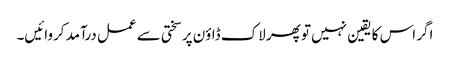
اگر اس کا یقین نہیں تو پھر لاک ڈاؤن پر سختی سے عمل درآمد کروائیں۔